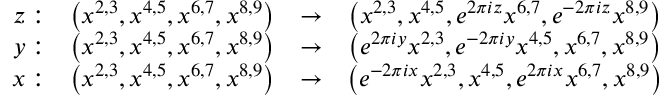
\begin{array} { c c c c } { { z : } } & { { \left( x ^ { 2 , 3 } , x ^ { 4 , 5 } , x ^ { 6 , 7 } , x ^ { 8 , 9 } \right) } } & { { \to } } & { { \left( x ^ { 2 , 3 } , x ^ { 4 , 5 } , e ^ { 2 \pi i z } x ^ { 6 , 7 } , e ^ { - 2 \pi i z } x ^ { 8 , 9 } \right) } } \\ { { y : } } & { { \left( x ^ { 2 , 3 } , x ^ { 4 , 5 } , x ^ { 6 , 7 } , x ^ { 8 , 9 } \right) } } & { { \to } } & { { \left( e ^ { 2 \pi i y } x ^ { 2 , 3 } , e ^ { - 2 \pi i y } x ^ { 4 , 5 } , x ^ { 6 , 7 } , x ^ { 8 , 9 } \right) } } \\ { { x : } } & { { \left( x ^ { 2 , 3 } , x ^ { 4 , 5 } , x ^ { 6 , 7 } , x ^ { 8 , 9 } \right) } } & { { \to } } & { { \left( e ^ { - 2 \pi i x } x ^ { 2 , 3 } , x ^ { 4 , 5 } , e ^ { 2 \pi i x } x ^ { 6 , 7 } , x ^ { 8 , 9 } \right) } } \end{array}